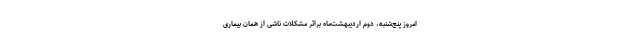
امروز پنج‌شنبه، دوم اردیبهشت‌ماه براثر مشکلات ناشی از همان بیماری